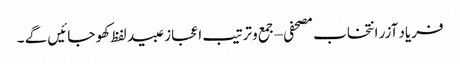
فریاد آزر انتخاب مصحفی – جمع و ترتیب اعجاز عبید لفظ کھو جائیں گے ۔